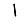
Digit: 1